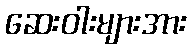
ဆေးဝါးများအား